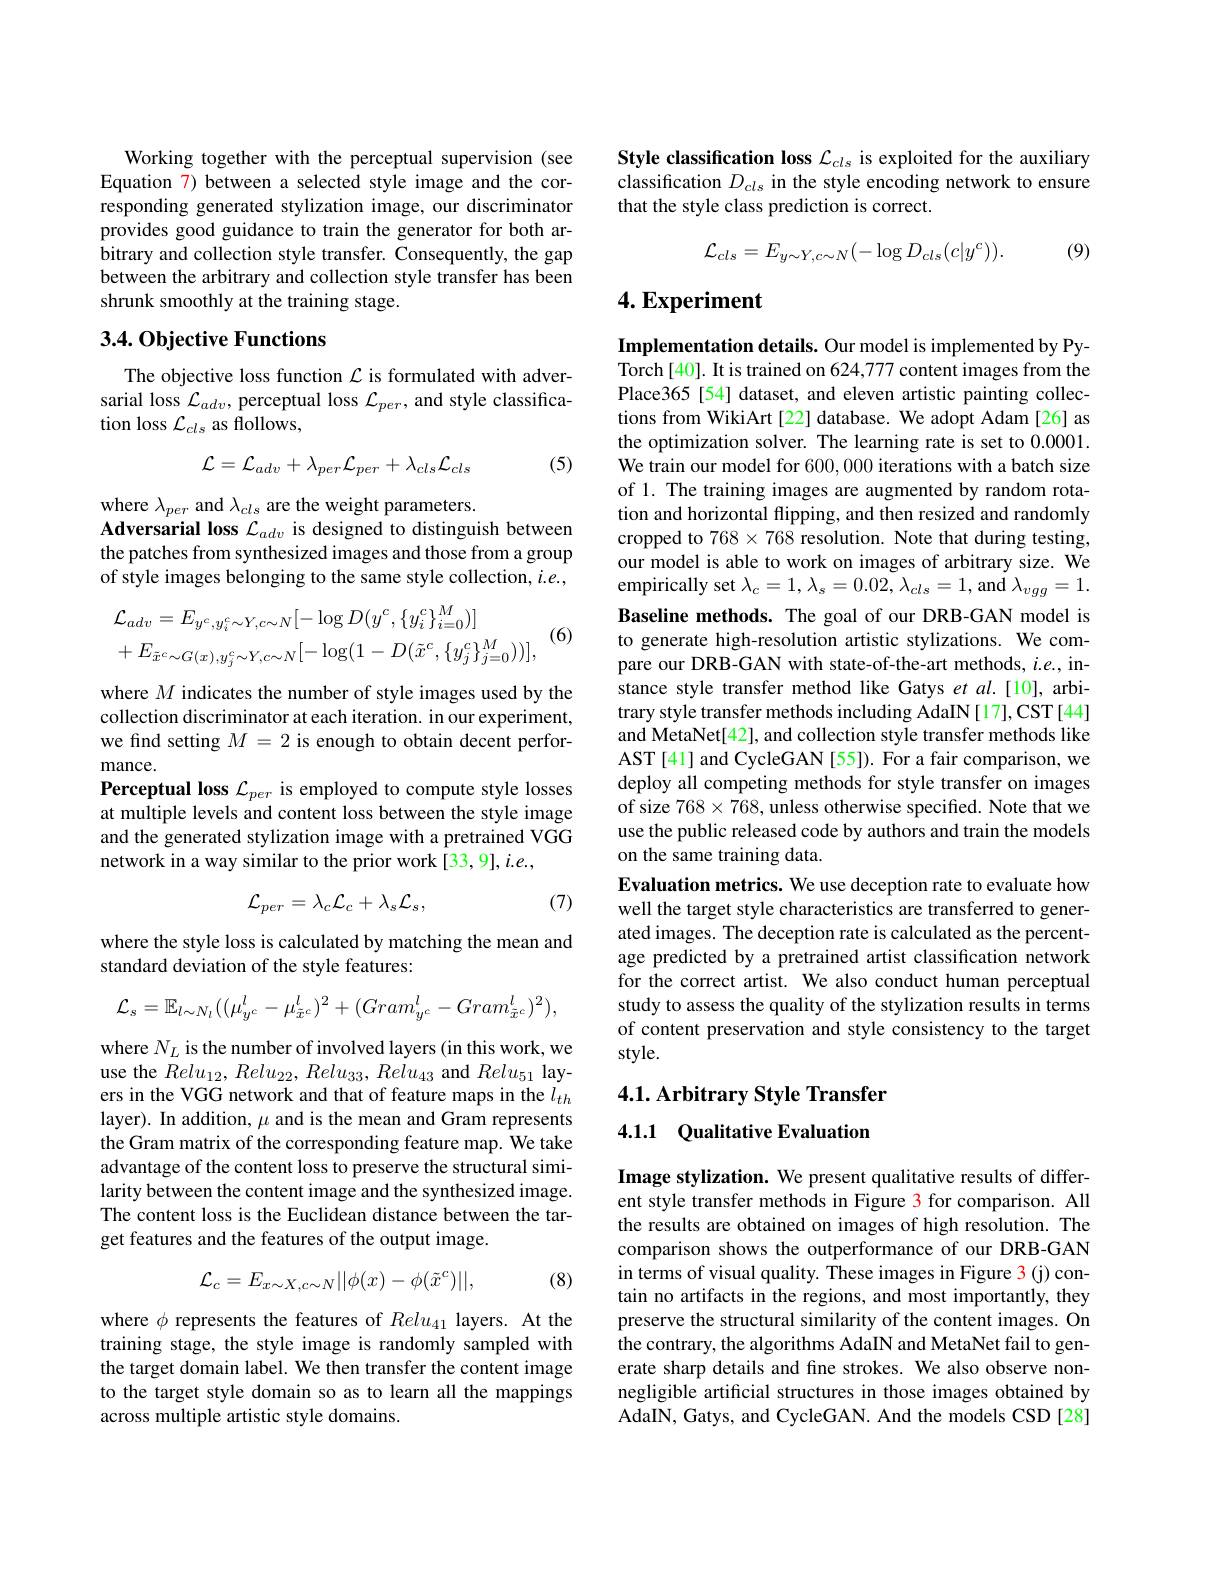
Working together with the perceptual supervision (see Equation 7) between a selected style image and the corresponding generated stylization image, our discriminator provides good guidance to train the generator for both arbitrary and collection style transfer. Consequently, the gap between the arbitrary and collection style transfer has been shrunk smoothly at the training stage.

## $3.4.0bjective$ Functions

The objective loss function $\mathcal{L}$ is formulated with adversarial loss $\mathcal{L}_adv$, perceptual loss $\mathcal{L}_per$, and style classification loss $\mathcal{L}_cls$ as flollows,
$$\mathcal{L}=\mathcal{L}_{adv}+\lambda_{per}\mathcal{L}_{per}+\lambda_{cls}\mathcal{L}_{cls}$$
(5)

where $\lambda_{per}$ and $\lambda_{cls}$ are the weight parameters.
Adversarial loss $\mathcal{L}_adv$ is designed to distinguish between the patches from synthesized images and those from a group of style images belonging to the same style collection, $i.e.$,
$$\begin{aligned}&\mathcal{L}_{adv}=E_{y^{c},y_{i}^{c}\sim Y,c\sim N}[-\log D(y^{c},\{y_{i}^{c}\}_{i=0}^{M})]\\&+E_{\tilde{x}^{c}\sim G(x),y_{j}^{c}\sim Y,c\sim N}[-\log(1-D(\tilde{x}^{c},\{y_{j}^{c}\}_{j=0}^{M}))],\end{aligned}$$
(6)

where $M$ indicates the number of style images used by the collection discriminator at each iteration. in our experiment, we find setting $M=2$ is enough to obtain decent performance.
Perceptual loss $\mathcal{L}_{per}$ is employed to compute style losses at multiple levels and content loss between the style image and the generated stylization image with a pretrained VGG network in a way similar to the prior work [33,9], i.e.,

(7)
$$\mathcal{L}_{per}=\lambda_{c}\mathcal{L}_{c}+\lambda_{s}\mathcal{L}_{s},$$
where the style loss is calculated by matching the mean and
standard deviation of the style features:
$$\mathcal{L}_{s}=\mathbb{E}_{l\sim N_{l}}((\mu_{y^{c}}^{l}-\mu_{\tilde{x}^{c}}^{l})^{2}+(Gram_{y^{c}}^{l}-Gram_{\tilde{x}^{c}}^{l})^{2}),$$
where $N_L$ is the number of involved layers (in this work, we use the $Relu_{12},Relu_{22},Relu_{33},Relu_{43}$ and $Relu_{51}$ layers in the VGG network and that of feature maps in the $l_{th}$ layer). In addition, $\mu$ and is the mean and Gram represents the Gram matrix of the corresponding feature map. We take advantage of the content loss to preserve the structural similarity between the content image and the synthesized image. The content loss is the Euclidean distance between the target features and the features of the output image.
$$\mathcal{L}_{c}=E_{x\sim X,c\sim N}||\phi(x)-\phi(\tilde{x}^{c})||,$$
(8)

where $\phi$ represents the features of $Relu_{41}$ layers. At the training stage, the style image is randomly sampled with the target domain label. We then transfer the content image to the target style domain so as to learn all the mappings across multiple artistic style domains.

Style classification loss $\mathcal{L}_cls$ is exploited for the auxiliary classification $D_{cls}$ in the style encoding network to ensure that the style class prediction is correct.
$$\mathcal{L}_{cls}=E_{y\sim Y,c\sim N}(-\log D_{cls}(c|y^{c})).$$
(9)

## $4. \textbf{Experiment}$

Implementation details. Our model is implemented by PyTorch[40]. It is trained on 624,777 content images from the Place365[54] dataset, and eleven artistic painting collections from WikiArt[22] database. We adopt Adam [26] as the optimization solver. The learning rate is set to 0.0001. We train our model for 600, 000 iterations with a batch size of 1. The training images are augmented by random rotation and horizontal flipping, and then resized and randomly cropped to $768\times768$ resolution. Note that during testing, our model is able to work on images of arbitrary size. We empirically set $\lambda_c=1,\lambda_s=0.02,\lambda_{cls}=1$, and $\lambda_vgg=1.$ Baseline methods. The goal of our DRB-GAN model is to generate high-resolution artistic stylizations. We compare our DRB-GAN with state-of-the-art methods, $i.e.$, instance style transfer method like Gatys et al.[10], arbitrary style transfer methods including AdaIN[17],CST[44] and MetaNet[42], and collection style transfer methods like AST[41] and CycleGAN [55]). For a fair comparison, we deploy all competing methods for style transfer on images of size $768\times768$,unless otherwise specified. Note that we use the public released code by authors and train the models on the same training data.
Evaluation metrics. We use deception rate to evaluate how well the target style characteristics are transferred to generated images. The deception rate is calculated as the percentage predicted by a pretrained artist classification network for the correct artist. We also conduct human perceptual study to assess the quality of the stylization results in terms of content preservation and style consistency to the target style.
$4. 1. \textbf{ Arbitrary Style Transfer}$

## 4.1.1 Qualitative Evaluation

Image stylization. We present qualitative results of different style transfer methods in Figure 3 for comparison. All the results are obtained on images of high resolution. The comparison shows the outperformance of our DRB-GAN in terms of visual quality. These images in Figure 3 (j) contain no artifacts in the regions, and most importantly, they preserve the structural similarity of the content images. On the contrary, the algorithms AdaIN and MetaNet fail to generate sharp details and fine strokes. We also observe nonnegligible artificial structures in those images obtained by AdaIN, Gatys, and CycleGAN. And the models CSD[28]